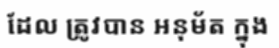
ដែល ត្រូវបាន អនុម័ត ក្នុង